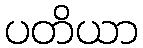
ပတိယာ